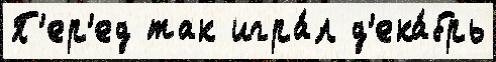
П'ер'ед так игра́л д'ека́брь